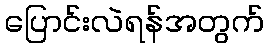
ပြောင်းလဲရန်အတွက်